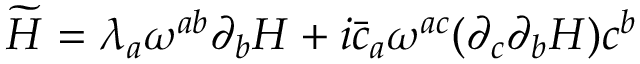
\widetilde { \cal H } = \lambda _ { a } \omega ^ { a b } \partial _ { b } H + i \bar { c } _ { a } \omega ^ { a c } ( \partial _ { c } \partial _ { b } H ) c ^ { b }